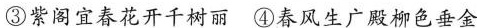
③紫阁宜春花开千树丽④春风生广殿柳色垂金